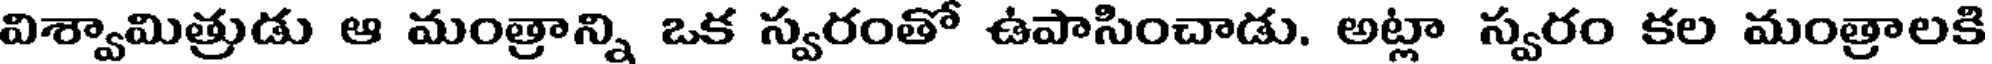
విశ్వామిత్రుడు ఆ మంత్రాన్ని ఒక స్వరంతో ఉపాసించాడు. అట్లా స్వరం కల మంత్రాలకి